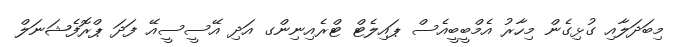
މިބަދަލާއި ގުޅިގެން މިހާރު އެމްބީބީއެސް ޕައިލެޓް ޓްރެއިނިންގ އަދި އޭސީސީއޭ ފަދަ ޕްރޮފެޝަނަލް